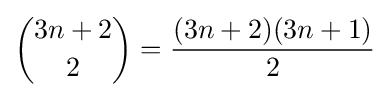
{\binom {3n+2}{2}}={\frac {(3n+2)(3n+1)}{2}}